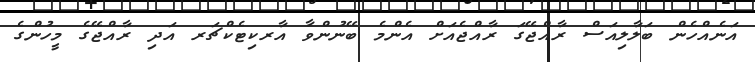
އަނެއްހެން ބަލާލިއަސް ރާއްޖޭގަ ރާއްޖެއަށް އެންމެ ބޭނުންވާ އާރކިޓެކްޗަރ އަދި ރާއްޖޭގެ މީހުންގެ